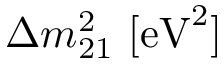
\Delta { m _ { 2 1 } ^ { 2 } } ~ [ \mathrm { { e V } ^ { 2 } ] }